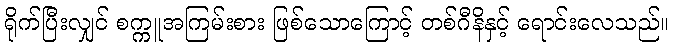
ရိုက်ပြီးလျှင် စက္ကူအကြမ်းစား ဖြစ်သောကြောင့် တစ်ဂီနိနှင့် ရောင်းလေသည်။